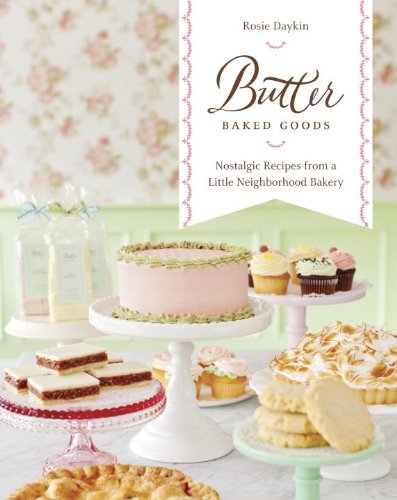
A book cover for Butter Baked Goods: Nostalgic Recipes From a Little Neighborhood Bakery; Rosie Daykin; Cookbooks, Food & Wine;